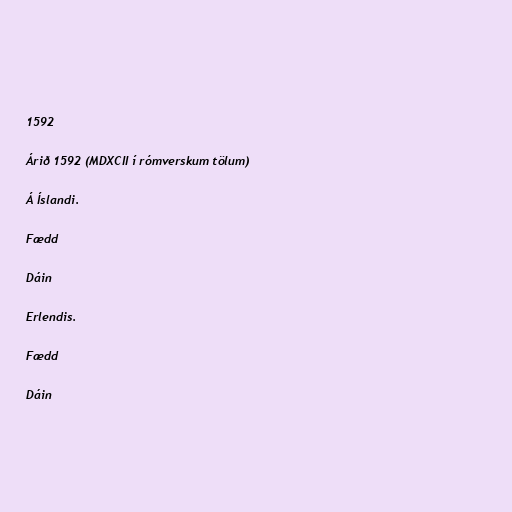
1592

Árið 1592 (MDXCII í rómverskum tölum)

Á Íslandi.

Fædd

Dáin

Erlendis.

Fædd

Dáin